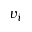
v _ { i }